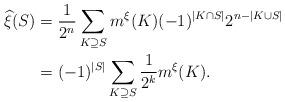
LaTeX: \begin{align*}\widehat{\xi}(S) &= \frac{1}{2^n}\sum_{K\supseteq S}m^\xi(K)(-1)^{|K\cap S|}2^{n-|K\cup S|}\\ & = (-1)^{|S|}\sum_{K\supseteq S}\frac{1}{2^k}m^\xi(K). \end{align*}